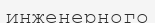
инженерного